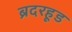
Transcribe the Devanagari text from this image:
ब्रदरहूड